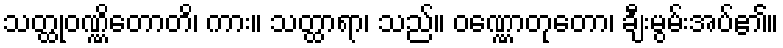
သတ္ထုဝဏ္ဏိတောတိ၊ ကား။ သတ္ထာရာ၊ သည်။ ဝဏ္ဏောတုတော၊ ချီးမွမ်းအပ်၏။